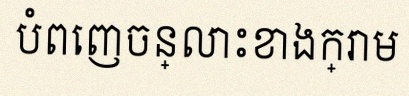
បំពេញចន្លោះខាងក្រោម